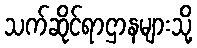
သက်ဆိုင်ရာဌာနများသို့